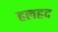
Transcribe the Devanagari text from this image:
हलहद